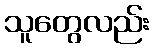
သူတွေလည်း